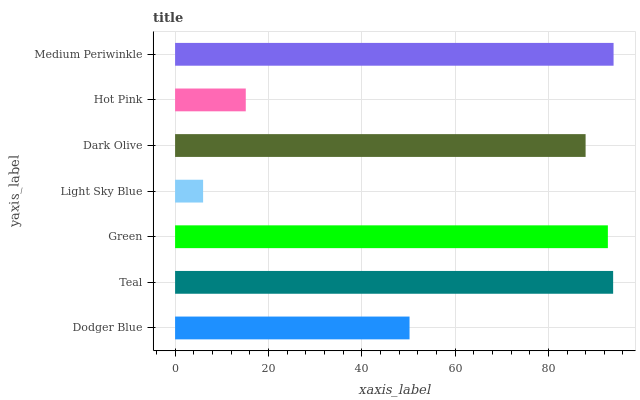
| yaxis_label | bars |
 | --- | --- |
 | Dodger Blue | 50.3 |
 | Teal | 93.9 |
 | Green | 92.8 |
 | Light Sky Blue | 6.01 |
 | Dark Olive | 88 |
 | Hot Pink | 15.2 |
 | Medium Periwinkle | 94 |